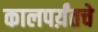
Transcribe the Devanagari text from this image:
कालपर्य़ंतचे